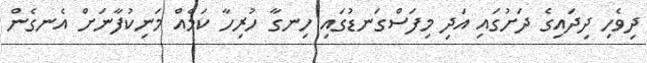
ދިވެހި ދިދައިގެ ދަށުގައި އަދި މިފަސްގަނޑުގައި ހިނގާ ހުރިހާ ކަމެއް މަނިކުފާނަށް އެނގެން